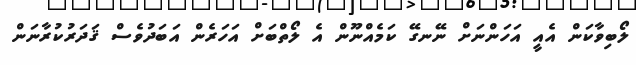
ލޯބިވާކަން އެއީ އަހަންނަށް ނޭނގޭ ކަމެއްނޫން އެ ލޯތްބަށް އަހަރެން އަބަދުވެސް ޤަދަރުކުރާނަން